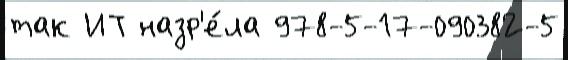
так ИТ назр'е́ла 978-5-17-090382-5